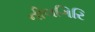
નીલગિરિ